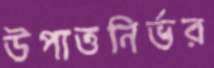
উপাত্তনির্ভর